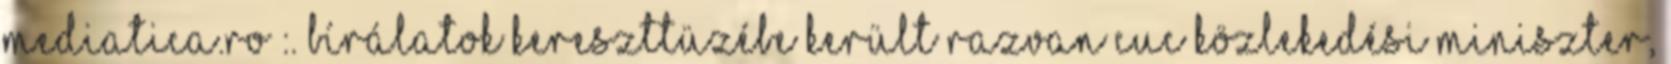
mediatica.ro :. Bírálatok kereszttüzébe került Razvan Cuc közlekedési miniszter,